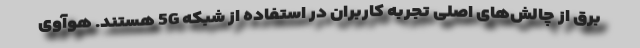
برق از چالش‌های اصلی تجربه کاربران در استفاده از شبکه 5G هستند. هوآوی